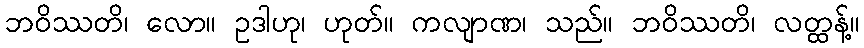
ဘဝိဿတိ၊ လော။ ဥဒါဟု၊ ဟုတ်။ ကလျာဏ၊ သည်။ ဘဝိဿတိ၊ လတ္ထန့်။